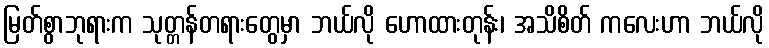
မြတ်စွာဘုရားက သုတ္တန်တရားတွေမှာ ဘယ်လို ဟောထားတုန်း၊ အသိစိတ် ကလေးဟာ ဘယ်လို